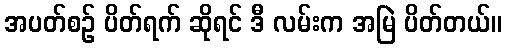
အပတ်စဉ် ပိတ်ရက် ဆိုရင် ဒီ လမ်းက အမြဲ ပိတ်တယ်။